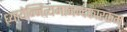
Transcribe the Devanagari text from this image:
ध्यायेन्नित्यमानन्दकारकम्